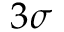
3 \sigma